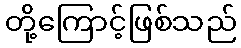
တို့ကြောင့်ဖြစ်သည်